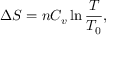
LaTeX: \Delta S = n C _ { v } \ln { \frac { T } { T _ { 0 } } } ,